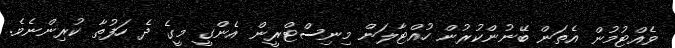
ވެއްޓުމުން އެތަން ބޭނުންކުރުން ހުއްޓާލަން މިނިސްޓްރީން އެންގީ މީގެ ދެ ހަފުތާ ކުރިންނެވެ.